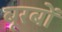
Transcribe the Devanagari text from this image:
बूरबों